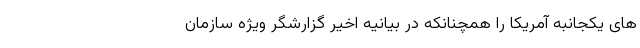
های یکجانبه آمریکا را همچنانکه در بیانیه اخیر گزارشگر ویژه سازمان